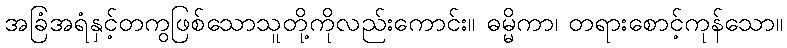
အခြံအရံနှင့်တကွဖြစ်သောသူတို့ကိုလည်းကောင်း။ ဓမ္မိကာ၊ တရားစောင့်ကုန်သော။